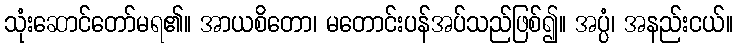
သုံးဆောင်တော်မရ၏။ အာယစိတော၊ မတောင်းပန်အပ်သည်ဖြစ်၍။ အပ္ပံ၊ အနည်းငယ်။